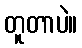
တူတာပဲ။